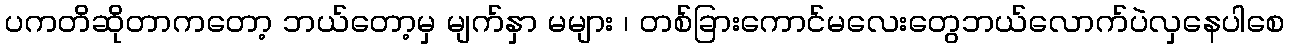
ပကတိဆိုတာကတော့ ဘယ်တော့မှ မျက်နှာ မများ ၊ တစ်ခြားကောင်မလေးတွေဘယ်လောက်ပဲလှနေပါစေ